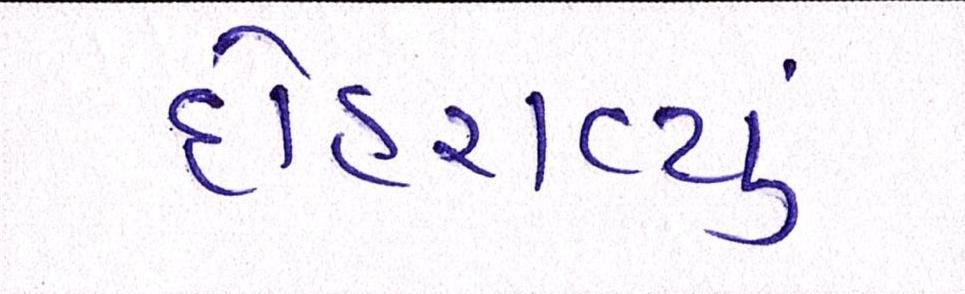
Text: દોહરાવ્યું